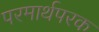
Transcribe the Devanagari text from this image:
परमार्थपरक